Lunatic asylums Central Provinces reports 1895-1909 - 1895-1909
Year: 1895
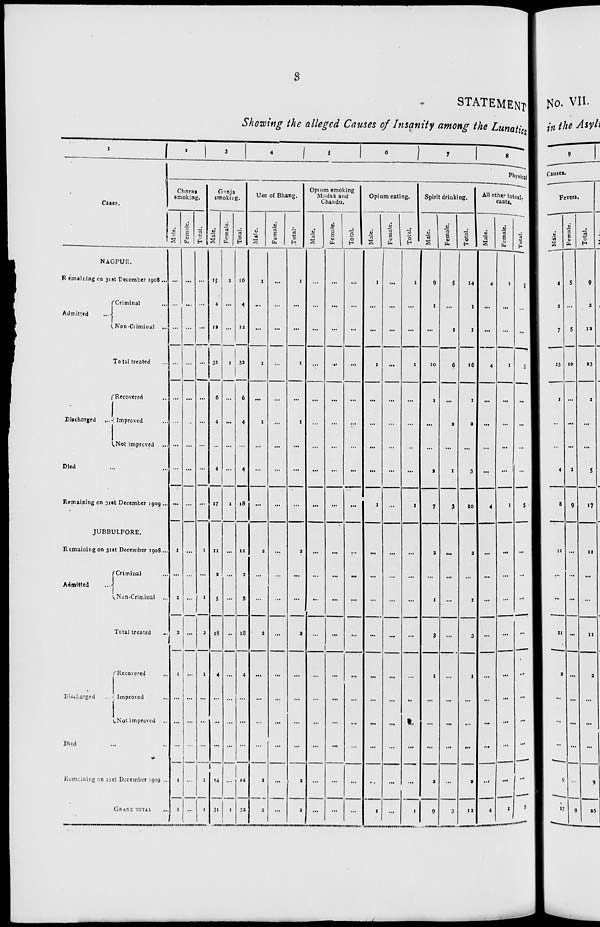
8
STATEMENT
Showing the alleged Causes of Insanity among the Lunatics
1
Cases.
NAGPUR.
Remaining on 31st December 1908 ...
Admitted
...
Criminal
...
Non-Criminal ...
Total treated ...
Discharged
...
Recovered
...
Improved ...
Not improved ...
Died ... ...
Remaining on 31st December 1909 ...
JUBBULPORE.
Remaining on 31st December 1908 ...
Admitted ...
Criminal ...
Non-Criminal ...
Total treated ...
Discharged ...
Recovered ...
Improved ...
Not improved ...
Died ... ...
Remainning on 21st December 1909 ...
GRANT TOTAL ...
2
3
4
5
6
7
8
Physical
Charas
smoking.
Male.
...
...
...
...
...
...
...
...
...
1
...
1
2
1
...
...
...
1
1
Female.
...
...
...
...
...
...
...
...
...
...
...
...
...
...
...
...
...
...
...
Total.
...
...
...
...
...
...
...
...
...
1
...
1
2
1
...
...
...
1
1
Ganja
smoking.
Male.
15
4
12
31
6
4
...
4
17
11
2
5
18
4
...
...
...
14
31
Female.
1
...
...
1
...
...
...
...
1
...
...
...
...
...
...
...
...
...
1
Total.
16
4
12
32
6
4
...
4
18
11
2
5
18
4
...
...
...
14
32
Use of Bhang.
Male.
1
...
...
1
...
1
...
...
...
2
...
...
2
...
...
...
...
2
2
Female.
...
...
...
...
...
...
...
...
...
...
...
...
...
...
...
...
...
...
...
Total.
1
...
...
1
...
1
...
...
...
2
...
...
2
...
...
...
...
2
2
Opium smoking
Madak and
Chandu.
Male.
...
...
...
...
...
...
...
...
...
...
...
...
...
...
...
...
...
...
...
Female.
...
...
...
...
...
...
...
...
...
...
...
...
...
...
...
...
...
...
...
Total.
...
...
...
...
...
...
...
...
...
...
...
...
...
...
...
...
...
...
...
Opium eating.
Male.
1
...
...
1
...
...
...
...
1
...
...
...
...
...
...
...
...
...
1
Female.
...
...
...
...
...
...
...
...
...
...
...
...
...
...
...
...
...
...
...
Total.
1
...
...
1
...
...
...
...
1
...
...
...
...
...
...
...
...
...
1
Spirit drinking.
Male.
9
1
...
10
1
...
...
2
7
2
...
1
3
1
...
...
...
2
9
Female.
5
...
1
6
...
2
...
1
3
...
...
...
...
...
...
...
...
...
3
Total.
14
1
1
16
1
2
...
3
10
2
...
1
3
1
...
...
...
2
12
All other intoxi-
cants.
Male.
4
...
...
4
...
...
...
...
4
...
...
...
...
...
...
...
...
...
4
Female.
1
...
...
1
...
...
...
...
1
...
...
...
...
...
...
...
...
...
1
Total.
5
...
...
5
...
...
...
...
5
...
...
...
...
...
...
...
...
...
5